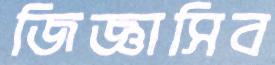
জিজ্ঞাসিব